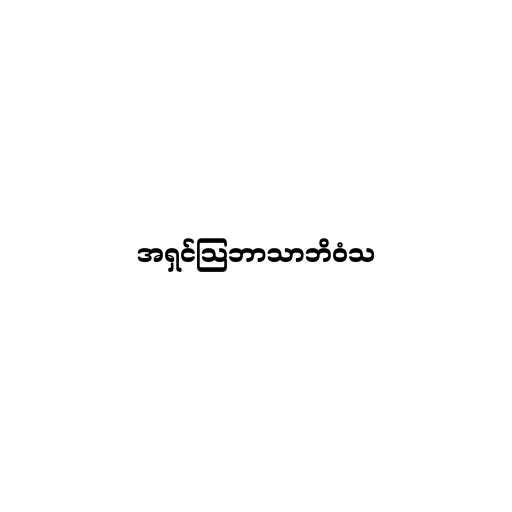
အရှင်သြဘာသာဘိဝံသ